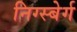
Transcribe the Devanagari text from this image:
निग्स्बेर्ग